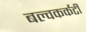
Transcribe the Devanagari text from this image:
बल्वकर्कटी